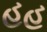
હહ